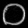
Digit: ၀